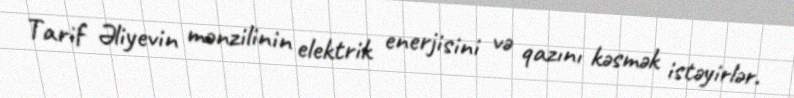
Tarif Əliyevin mənzilinin elektrik enerjisini və qazını kəsmək istəyirlər.